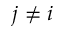
j \neq i